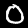
Label: 0